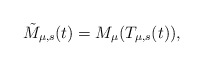
\begin{align*}\tilde M_{\mu,s}(t)= M_{\mu}(T_{\mu,s}(t)),\end{align*}